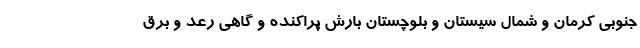
جنوبی کرمان و شمال سیستان و بلوچستان بارش پراکنده و گاهی رعد و برق